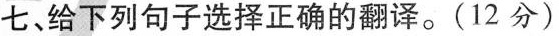
七、给下列句子选择正确的翻译.(12 分)